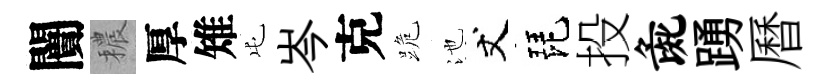
闠穠厚雉屯岑克跪池丈琵投彘踴曆